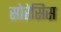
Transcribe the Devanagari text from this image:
सोरेसिस